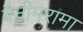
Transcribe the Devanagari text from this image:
बैनीमरामा